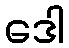
ဒေါ